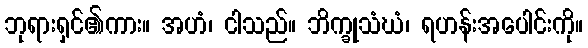
ဘုရားရှင်၏ကား။ အဟံ၊ ငါသည်။ ဘိက္ခုသံဃံ၊ ရဟန်းအပေါင်းကို။